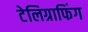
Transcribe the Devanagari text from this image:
टेलिग्राफिंग